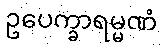
ဥပေက္ခာရမ္မဏံ